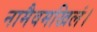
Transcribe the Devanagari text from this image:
नामैवमखिलं।